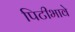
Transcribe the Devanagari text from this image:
पिटीभावे